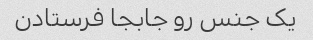
یک جنس رو جابجا فرستادن